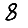
Digit: 8